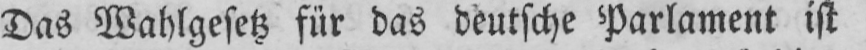
Das Wahlgesetz für das deutsche Parlament ist